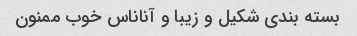
بسته بندی شکیل و زیبا و آناناس خوب ممنون